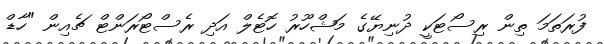
ފުރަތަމަ ތިން ރިސޯޓަކީ ދުނިޔޭގެ މަޝްހޫރު ހޮޓެލް އަދި ރެސްޓޯރަންޓް ޗެއިން "ހާޑް